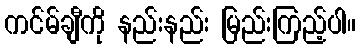
ကင်မ်ချီကို နည်းနည်း မြည်းကြည့်ပါ။